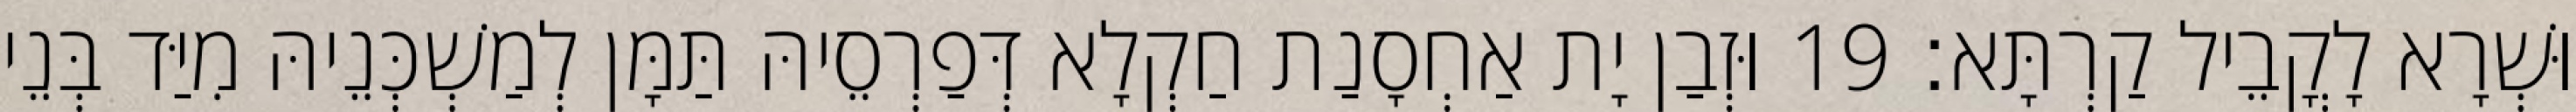
וּשְׁרָא לָקֳבֵיל קַרְתָּא׃ 19 וּזְבַן יָת אַחְסָנַת חַקְלָא דְּפַרְסֵיהּ תַּמָּן לְמַשְׁכְּנֵיהּ מִיַּד בְּנֵי